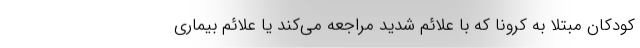
کودکان مبتلا به کرونا که با علائم شدید مراجعه می‌کند یا علائم بیماری